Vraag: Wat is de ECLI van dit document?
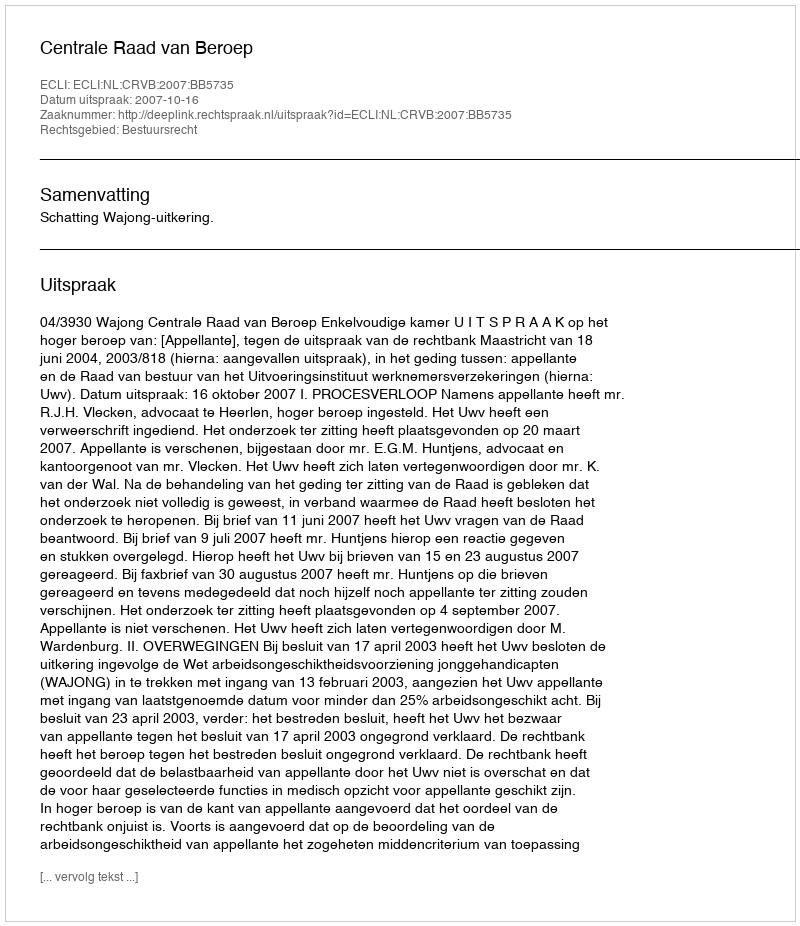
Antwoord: ECLI:NL:CRVB:2007:BB5735